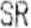
SR